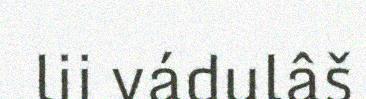
lii vádulâš